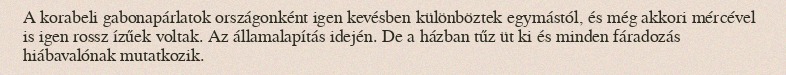
A korabeli gabonapárlatok országonként igen kevésben különböztek egymástól, és még akkori mércével is igen rossz ízűek voltak. Az államalapítás idején. De a házban tűz üt ki és minden fáradozás hiábavalónak mutatkozik.